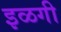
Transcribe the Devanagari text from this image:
इळगी